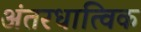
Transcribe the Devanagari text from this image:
अंतरधात्विक